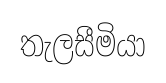
තැලසීමියා